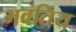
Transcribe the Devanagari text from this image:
भवतिय